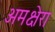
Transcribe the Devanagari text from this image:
अमक्षेरा